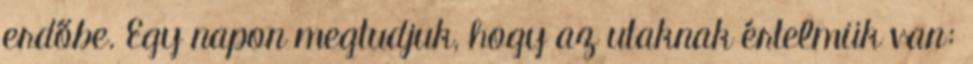
erdőbe. Egy napon megtudjuk, hogy az utaknak értelmük van: